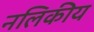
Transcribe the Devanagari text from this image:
नलिकीय